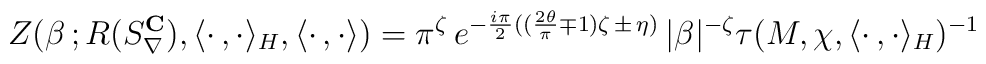
Z(\beta\,;R(S_{\nabla}^{{\bf C}}),\langle\cdot\,,\cdot\rangle_H,\langle\cdot\,,\cdot\rangle)=\pi^{\zeta}\,e^{-\frac{i\pi}{2}((\frac{2\theta}{\pi}\mp1)\zeta\,\pm\,\eta)}\,|\beta|^{-\zeta}\tau(M,\chi,\langle\cdot\,,\cdot\rangle_H)^{-1}